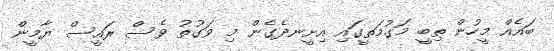
ބައެއް މީހުން ތިބީ މަގުމަތީގައި އިށީނދެގެން މި ވަގުތު ވެސް ރައީސް ޔާމީން